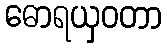
ဓောရယှဝတာ